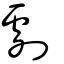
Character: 劇